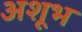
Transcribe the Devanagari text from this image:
अशूभ